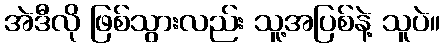
အဲဒီလို ဖြစ်သွားလည်း သူ့အပြစ်နဲ့ သူပဲ။